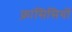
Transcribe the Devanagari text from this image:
फ़्रांसिसियों